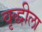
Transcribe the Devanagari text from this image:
वृद्धीला